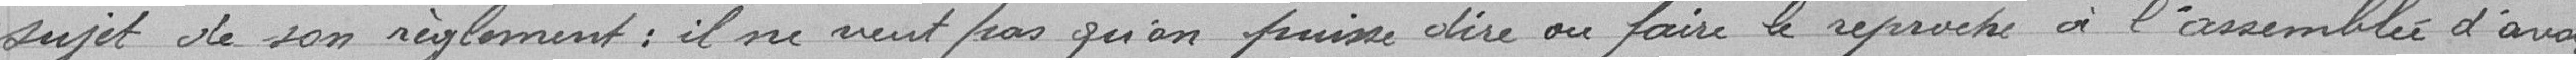
sujet de son règlement : il ne veut pas qu'on puisse dire ou faire le reproche à l'assemblée d'avoir